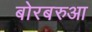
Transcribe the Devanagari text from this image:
बोरबरुआ